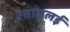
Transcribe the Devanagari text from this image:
रेत्तामलई